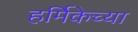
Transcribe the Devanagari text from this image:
हर्मिकेच्या